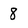
Character: 8